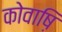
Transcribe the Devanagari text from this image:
कोवाष़ि